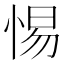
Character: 惕